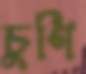
চুণি